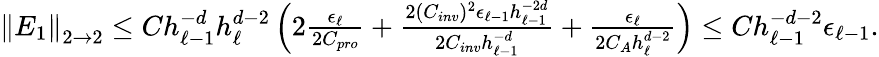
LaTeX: \begin{array}{r}{\left\| E_{1}\right\| _{2\to 2}\le Ch_{\ell-1}^{-d}h_{\ell}^{d-2}\left(2\frac{\epsilon_{\ell}}{2C_{pro}}+\frac{2(C_{inv})^{2}\epsilon_{\ell-1}h_{\ell-1}^{-2d}}{2C_{inv}h_{\ell-1}^{-d}}+\frac{\epsilon_{\ell}}{2C_{A}h_{\ell}^{d-2}}\right)\le Ch_{\ell-1}^{-d-2}\epsilon_{\ell-1}.}\end{array}